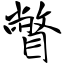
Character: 瞥